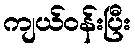
ကျယ်ဝန်းပြီး